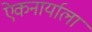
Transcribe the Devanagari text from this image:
एेकनार्याला